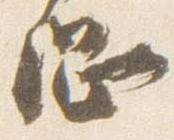
綱